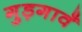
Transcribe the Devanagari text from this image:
गुड़गावँ